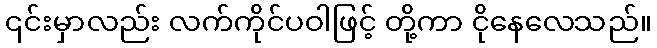
၎င်းမှာလည်း လက်ကိုင်ပဝါဖြင့် တို့ကာ ငိုနေလေသည်။